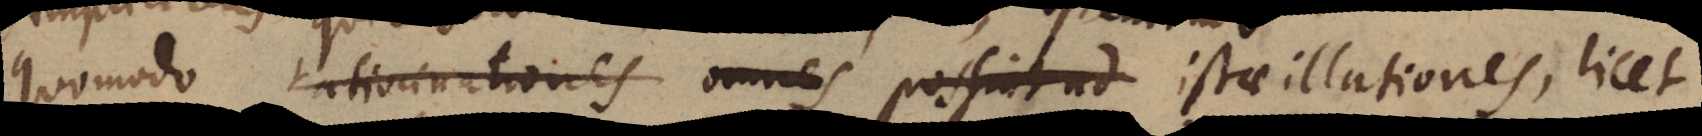
quomodo ratiocinationes omnes possint ad istae illationes, licet